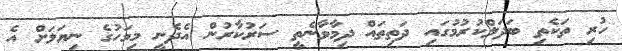
ހުރި ތަކެތި ބަދަލްކުރުމުގައި ދަތިތައް ދިމާވާނެތީ ސަރުކާރުން އެދެނީ މިމަހުގެ ނިޔަލަށް އެ